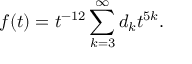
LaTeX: f ( t ) = t ^ { - 1 2 } \sum _ { k = 3 } ^ { \infty } d _ { k } t ^ { 5 k } .